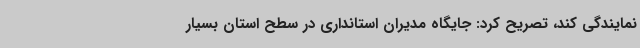
نمایندگی کند، تصریح کرد: جایگاه مدیران استانداری در سطح استان بسیار